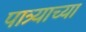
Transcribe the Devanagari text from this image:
पात्र्याच्या